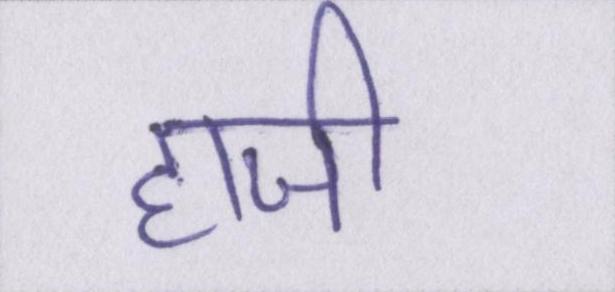
हाजी